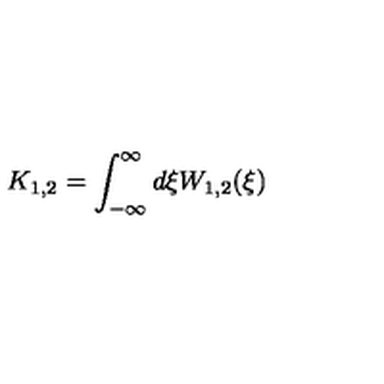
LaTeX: K _ { 1 , 2 } = \int _ { - \infty } ^ { \infty } d \xi W _ { 1 , 2 } ( \xi ) \nonumber